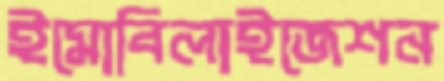
ইমোবিলাইজেশন